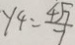
y 4 = \frac { 4 \sqrt { 7 } } { 7 }